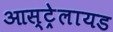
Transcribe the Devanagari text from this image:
आस्ट्रेलायड